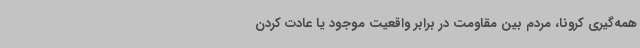
همه‌گیری کرونا، مردم بین مقاومت در برابر واقعیت موجود یا عادت کردن